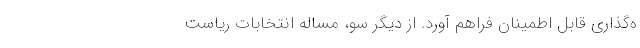
ه‌گذاری قابل اطمینان فراهم آورد. از دیگر سو، مساله انتخابات ریاست